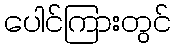
ပေါင်ကြားတွင်